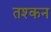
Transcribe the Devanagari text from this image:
तश्कन